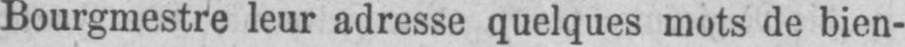
Bourgmestre leur adresse quelques mots de bien-